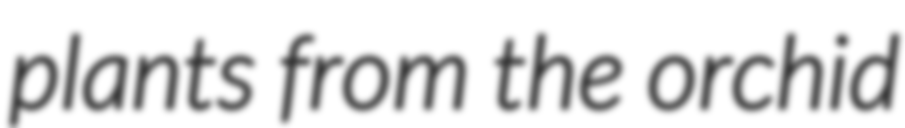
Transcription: plants from the orchid